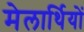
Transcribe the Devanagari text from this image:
मेलार्थियों